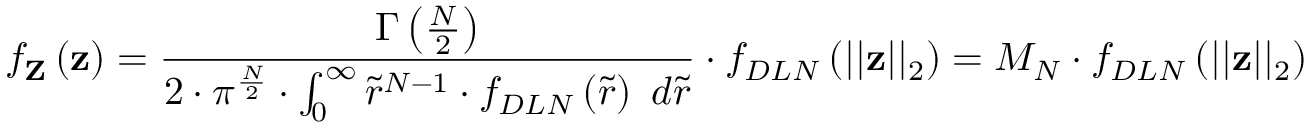
f _ { \mathbf { Z } } \left( \mathbf { z } \right) = \frac { \Gamma \left( \frac { N } { 2 } \right) } { 2 \cdot \pi ^ { \frac { N } { 2 } } \cdot \int _ { 0 } ^ { \infty } \widetilde { r } ^ { N - 1 } \cdot f _ { D L N } \left( \widetilde { r } \right) \ d \widetilde { r } } \cdot f _ { D L N } \left( \lvert \lvert \mathbf { z } \rvert \rvert _ { 2 } \right) = M _ { N } \cdot f _ { D L N } \left( \lvert \lvert \mathbf { z } \rvert \rvert _ { 2 } \right)